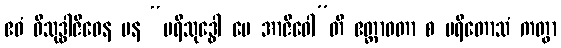
ဧဝံ ဝိသုဒ္ဓါဇီဝေန ပန “ပရိသုဒ္ဓေါ မေ အာဇီဝေါ”တိ ဧတ္တာဝတာ စ ပရိတောသံ ကတွာ